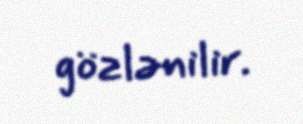
gözlənilir.